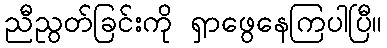
ညီညွတ်ခြင်းကို ရှာဖွေနေကြပါပြီ။